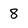
Character: 8